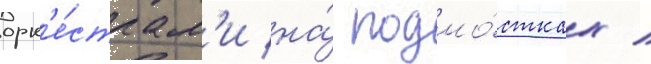
орк'е́страм'и на́ подмо́стках /